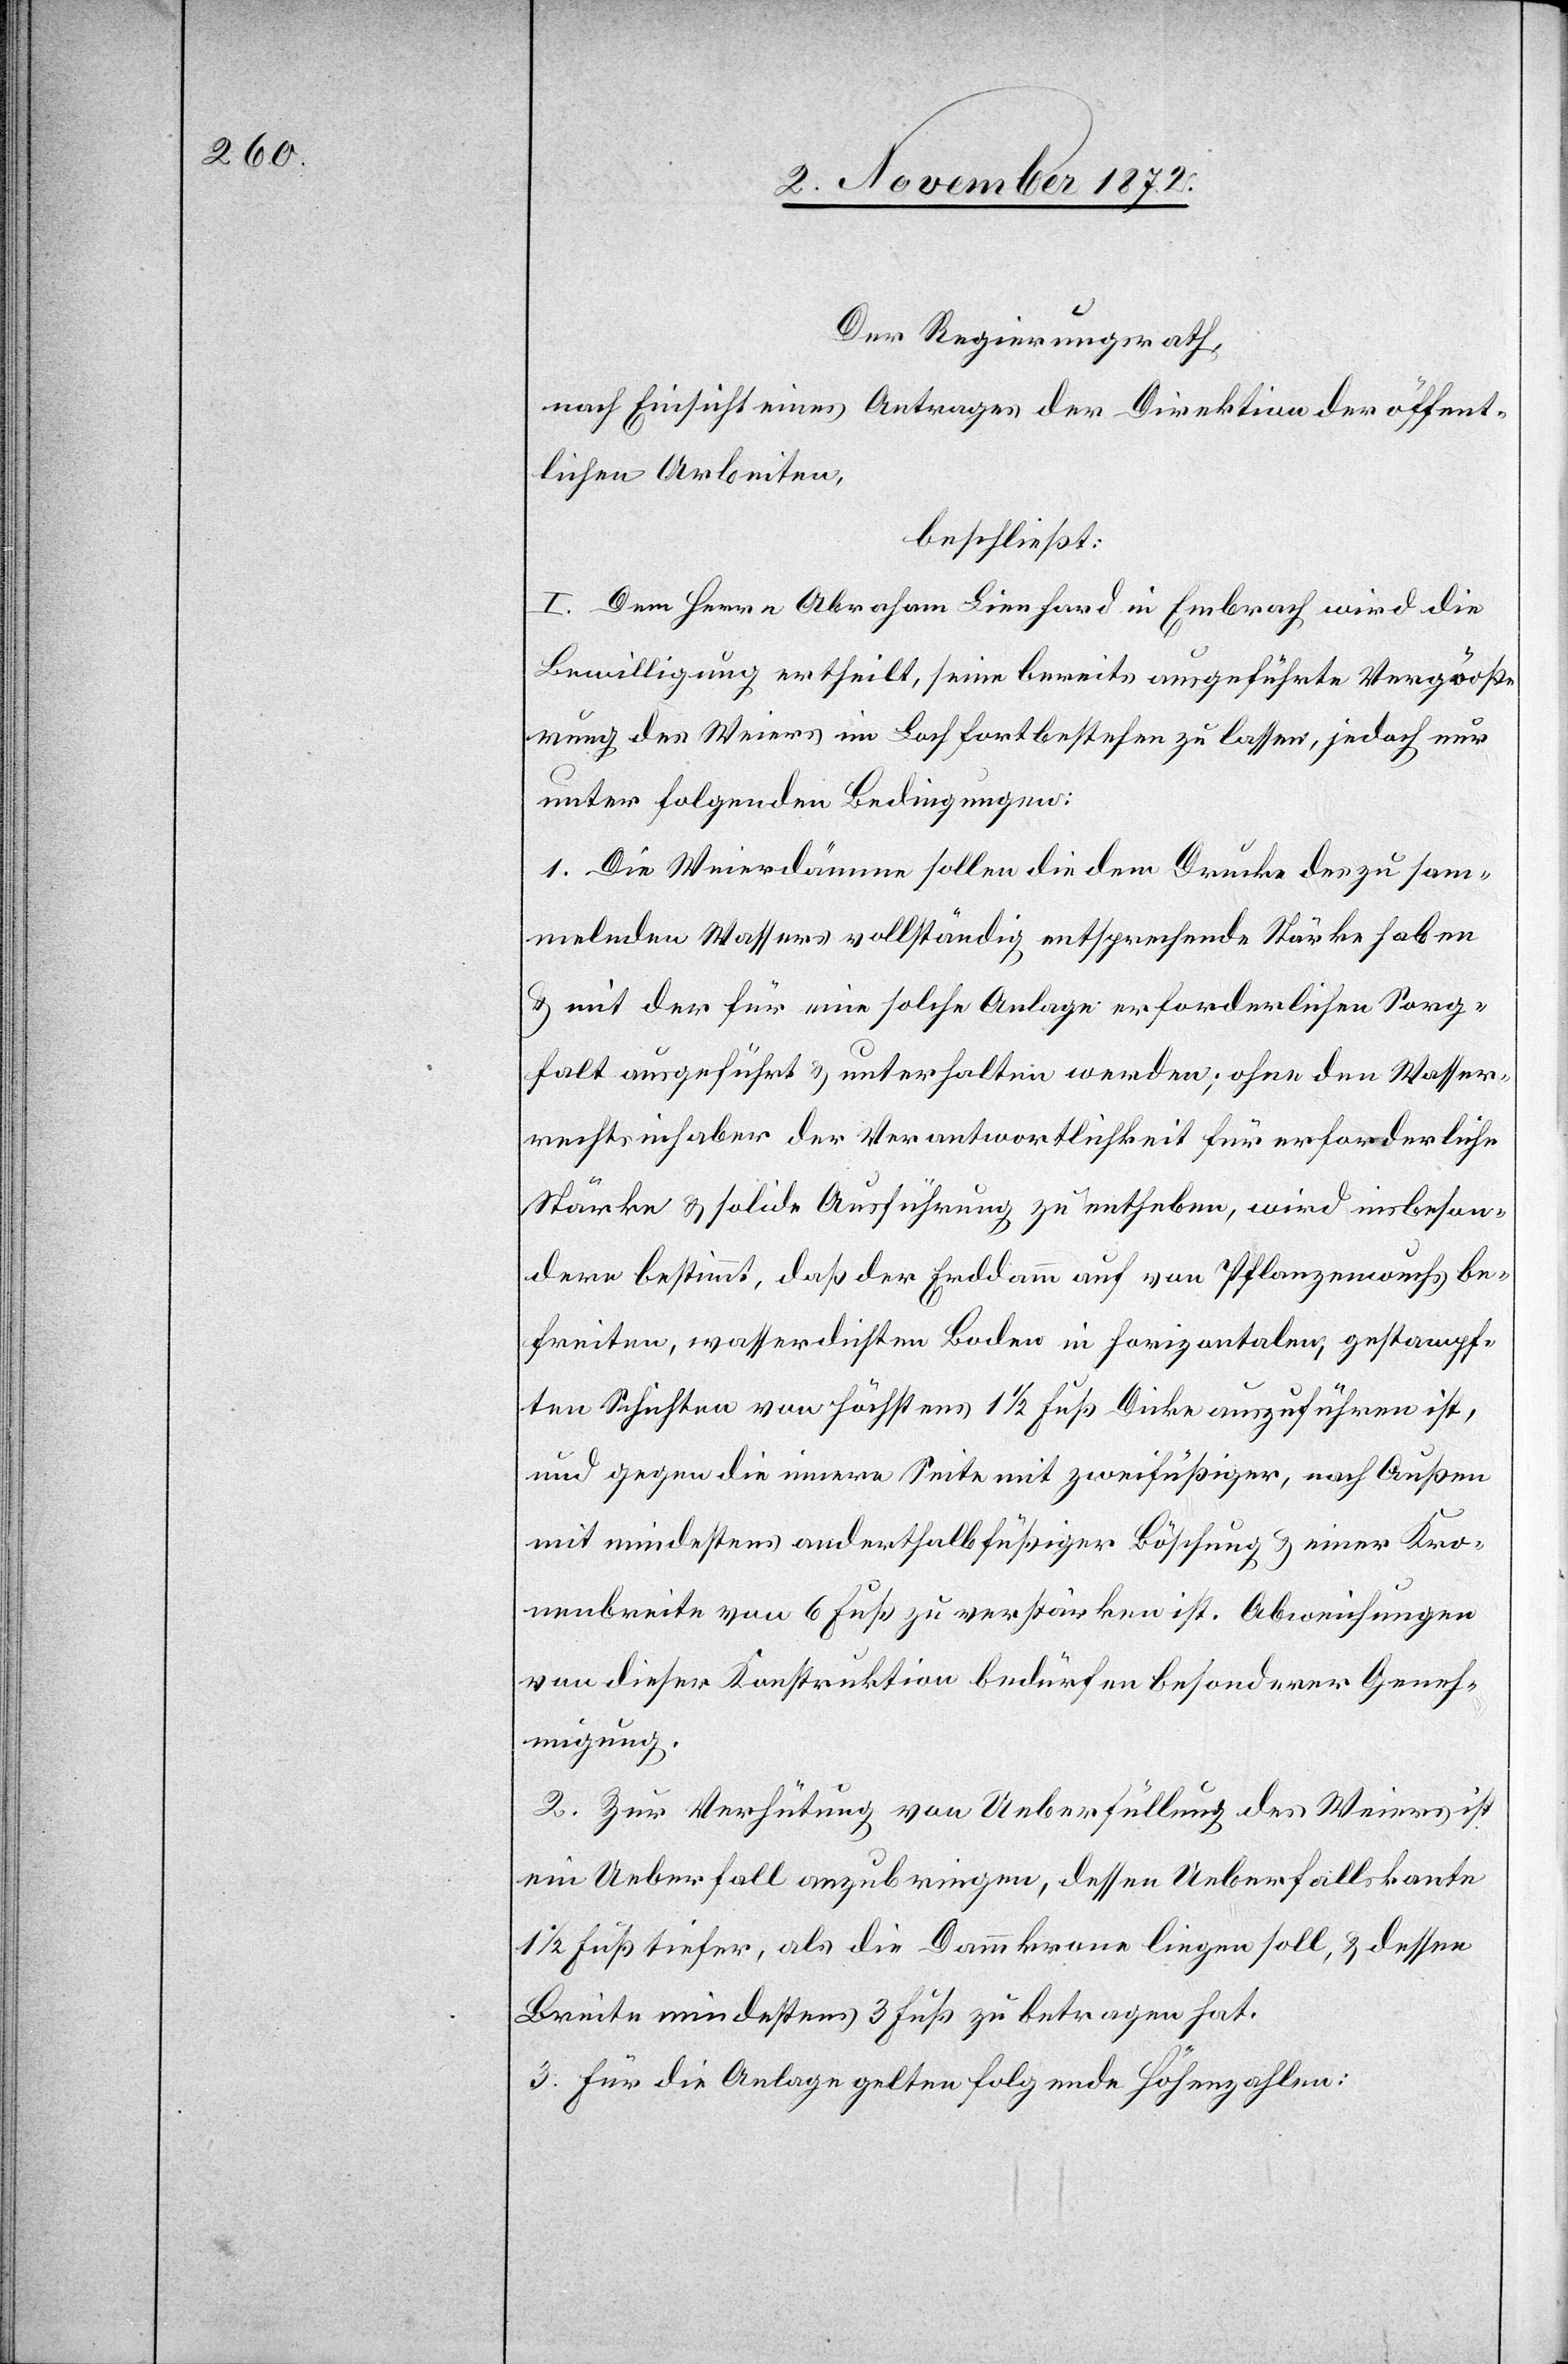
Der Regierungsrath,
nach Einsicht eines Antrages der Direktion der öffent¬
lichen Arbeiten,
beschließt:
I. Dem Herrn Abraham Lienhard in Embrach wird die
Bewilligung ertheilt, seine bereits ausgeführte Vergröße¬
rung des Weiers im Loch fortbestehen zu lassen, jedoch nur
unter folgenden Bedingungen:
1. Die Weierdämme sollen die dem Drucke des zu sam¬
melnden Wassers vollständig entsprechende Stärke haben
u. mit der für eine solche Anlage erforderlichen Sorg¬
falt ausgeführt u. unterhalten werden; ohne den Wasser¬
rechtsinhaber der Verantwortlichkeit für erforderliche
Stärke u. solide Ausführung zu entheben, wird insbeson¬
dere bestimmt, daß der Erddamm auf von Pflanzenwuchs be¬
freiten, wasserdichten Boden in horizontalen, gestampf¬
ten Schichten von höchstens 1 1/2 Fuß Dicke auszuführen ist,
und gegen die innere Seite mit zweifüßiger, nach Außen
mit mindestens anderthalbfüßiger Böschung u. einer Kro¬
nenbreite von 6 Fuß zu verstärken ist. Abweichungen
von dieser Konstruktion bedürfen besonderer Geneh¬
migung.
2. Zur Verhütung von Ueberfüllung des Weiers ist
ein Ueberfall anzubringen, dessen Ueberfallskante
1/2 Fuß tiefer, als die Dammkrone liegen soll, u. dessen
Breite mindestens 3 Fuß zu betragen hat.
3. Für die Anlage gelten folgende Höhenzahlen: